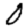
Digit: 0